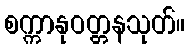
စက္ကာနုဝတ္တနသုတ်။